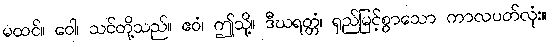
မထင်။ ဝေါ၊ သင်တို့သည်။ ဧဝံ၊ ဤသို့။ ဒီဃရတ္တံ၊ ရှည်မြင့်စွာသော ကာလပတ်လုံး။